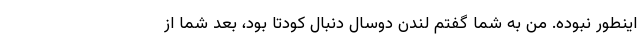
اینطور نبوده. من به شما گفتم لندن دوسال دنبال کودتا بود، بعد شما از